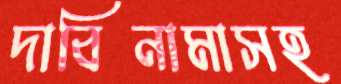
দাবিনামাসহ